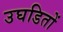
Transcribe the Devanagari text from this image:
उघडितों